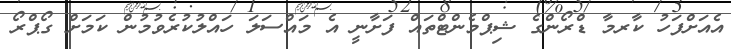
އެއަށްފަހު ކާރމާ ޑްރޯންގެ ޝިޕްމެންޓްތައް ފަށާނީ އެ މައްސަލަ ހައްލުކުރެވުމުން ކަމަށް ގޯޕްރޯ